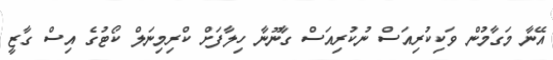
އޭނާ މަގާމުން ވަކިކުރިއަސް ނުކުރިއަސް ގާނޫނާ ހިލާފަށް ކްރިމިނަލް ކޯޓުގެ އިސް ގާޒީ